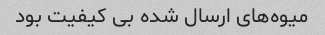
میوه‌های ارسال شده بی کیفیت بود